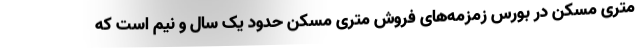
متری مسکن در بورس زمزمه‌های فروش متری مسکن حدود یک سال و نیم است که